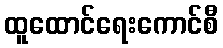
ထူထောင်ရေးကောင်စီ